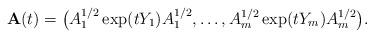
LaTeX: \begin{align*} \mathbf{A}(t) = \big(A_1^{1/2} \exp(t Y_1) A_1^{1/2}, \ldots, A_m^{1/2} \exp(t Y_m) A_m^{1/2}\big).\end{align*}